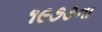
૧૯૭૭ના